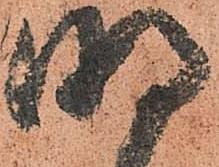
明